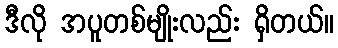
ဒီလို အပူတစ်မျိုးလည်း ရှိတယ်။